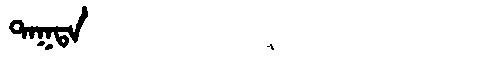
Manchu: ᡨᠠᡴᡨᠠ
Romanization: TAKTA